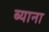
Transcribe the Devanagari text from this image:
ब्याना